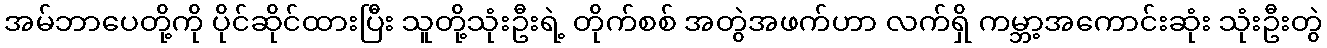
အမ်ဘာပေတို့ကို ပိုင်ဆိုင်ထားပြီး သူတို့သုံးဦးရဲ့ တိုက်စစ် အတွဲအဖက်ဟာ လက်ရှိ ကမ္ဘာ့အကောင်းဆုံး သုံးဦးတွဲ